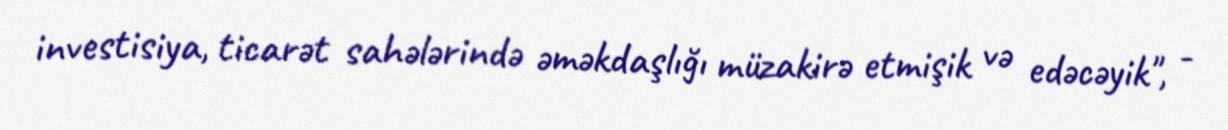
investisiya, ticarət sahələrində əməkdaşlığı müzakirə etmişik və edəcəyik", -